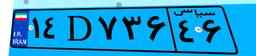
۱۴D۷۳۶۴۶